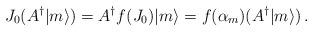
LaTeX: \begin{align*}J_{0} (A^{\dagger} |m \rangle) = A^{\dagger} f(J_{0}) |m \rangle = f(\alpha_{m}) (A^{\dagger} |m \rangle ) \, . \end{align*}